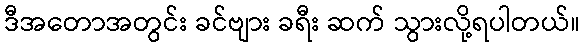
ဒီအတောအတွင်း ခင်ဗျား ခရီး ဆက် သွားလို့ရပါတယ်။